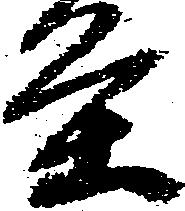
条